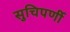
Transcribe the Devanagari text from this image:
सुचिपर्णी